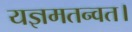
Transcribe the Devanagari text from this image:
यज्ञमतन्वत।